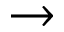
\rightarrow